Account of plague administration in the Bombay Presidency from September 1896 till May 1897
Year: 1896
Disease focus: Plague
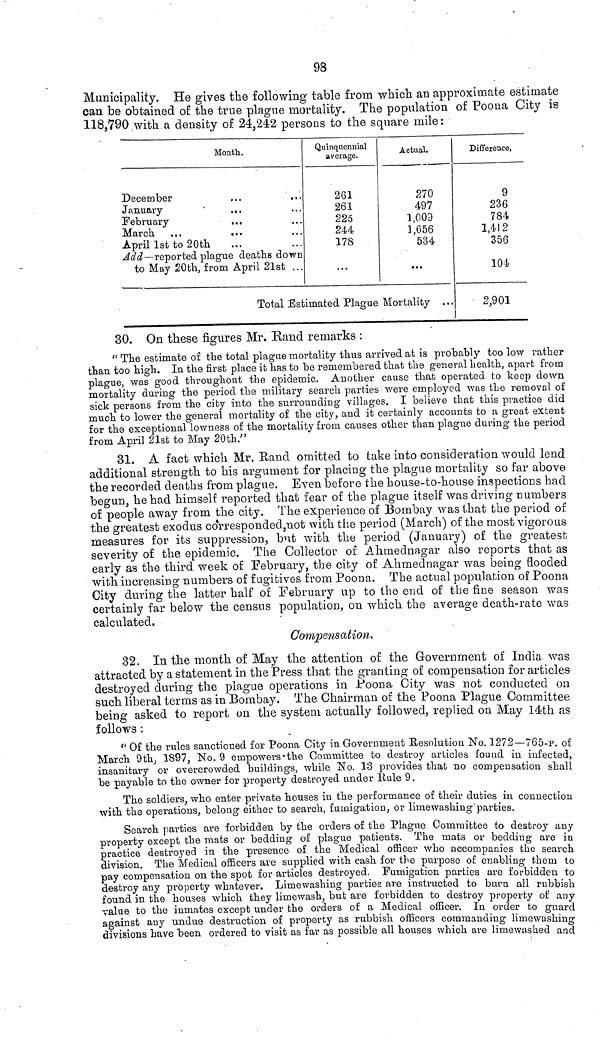
98
Municipality. He gives the following table from which an approximate estimate
can be obtained of the true plague mortality. The population of Poona City is
118,790 with.a density of 24,242 persons to the square mile:
Month.
December
January
February
March
April 1st to 20th
Add — reported plague deaths down
to May 20th, from April 2lst
Quinquennial
average.
261
261
225
244
178
Actual.
270
497
1,009
1,656
534
...
Total Estimated Plague Mortality
Difference,
9
236
784
1,412
356
104
2,901
30. On these figures Mr. Rand remarks :
" The estimate of the total plague mortality thus arrived at is probably too low rather
than too high. In the first place it has to be remembered that the general health, apart from
plague, was good throughout the epidemic. Another cause that operated to keep down
mortality during the period the military search parties were employed was the removal of
sick persons from the city into the surrounding villages. I believe that this practice did
much to lower the general mortality of the city, and it certainly accounts to a great extent
for the exceptional lowness of the mortality from causes other than plague during the period
from April 21st to May 20th."
31. A fact which Mr. Band omitted to take into consideration would lend
additional strength to his argument for placing the plague mortality so far above
the recorded deaths from plague. Even before the house-to-house inspections had
begun, he had himself reported that fear of the plague itself was driving numbers
of people away from the city. The experience of Bombay was that the period of
the greatest exodus corresponded,not with the period (March) of the most vigorous
measures for its suppression, but with the period (January) of the greatest
severity of the epidemic. The Collector of Ahmednagar also reports that as
early as the third week of February, the city of Ahmednagar was being flooded
with increasing numbers of fugitives from Poona. The actual population of Poona
City during the latter half of February up to the end of the fine season was
certainly far below the census population, on which the average death-rate was
calculated,
Compensation.
32. In the month of May the attention of the Government of India was
attracted by a statement in the Press that the granting of compensation for articles
destroyed during the plague operations in Poona City was not conducted on
such liberal terms as in Bombay. The Chairman of the Poona Plague Committee
being asked to report on the system actually followed, replied on May 14th as
follows :
" Of the rules sanctioned for Poona City in Government Resolution No. 1272—765-p. of
March 9th, 1897, No. 9 empowers-the Committee to destroy articles found in infected,
insanitary or overcrowded buildings, while No. 13 provides that no compensation shall
be payable to the owner for property destroyed under Rule 9.
The soldiers, who enter private houses in the performance of their duties in connection
with the operations, belong either to search, fumigation, or limewashing'parties.
Search parties are forbidden by the orders of the Plague Committee to destroy any
property except the mats or bedding of plague patients. The mats or bedding are in
practice destroyed in the presence of the Medical officer who accompanies the search
division. The Medical officers are supplied with cash for the purpose of enabling- them to
pay compensation on the spot for articles destroyed, Fumigation parties are forbidden to
destroy any property whatever. Limewashing parties are instructed to burn all rubbish
found in the houses which they limewash, but are forbidden to destroy property of any
value to the inmates except under the orders of a Medical officer. In order to guard
against any undue destruction of property as rubbish officers commanding limewashing
divisions have been ordered to visit as far as possible all houses which are limewashed and